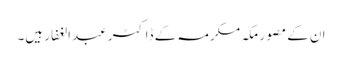
ان کے مصور مکہ مکرمہ کے ڈاکٹر عبدالغفار ہیں۔